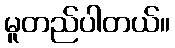
မူတည်ပါတယ်။